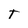
Character: T